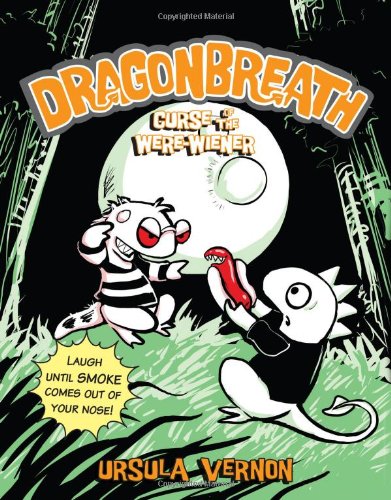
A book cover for Dragonbreath #3: Curse of the Were-wiener; Ursula Vernon; Children's Books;